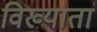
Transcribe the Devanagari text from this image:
विख्यातां